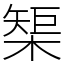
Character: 榘